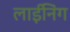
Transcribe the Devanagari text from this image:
लाईनिंग